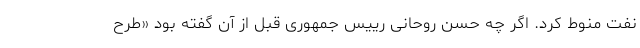
نفت منوط کرد. اگر چه حسن روحانی رییس جمهوری قبل از آن گفته بود «‌طرح